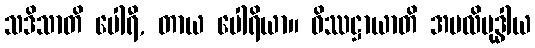
သဒိသာတိ ပေါရီ, တာယ ပေါရိယာ။ ဝိဿဋ္ဌာယာတိ အပလိဗုဒ္ဓါယ